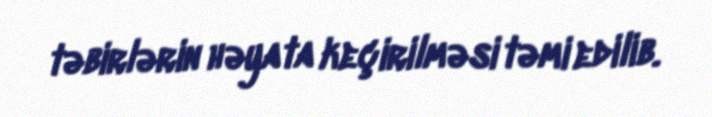
təbirlərin həyata keçirilməsi təmi edilib.